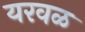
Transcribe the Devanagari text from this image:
यरवळ